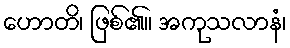
ဟောတိ၊ ဖြစ်၏။ အကုသလာနံ၊